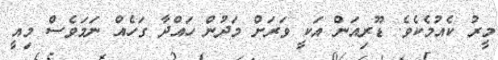
މީރު ކެއުމެކެވެ. ޑޫރިއަން އަކީ ވަރަށް މަދުން ހައްދާ ގަހެއް ނަމަވެސް މިއީ